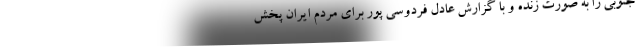
جنوبی را به صورت زنده و با گزارش عادل فردوسی پور برای مردم ایران پخش